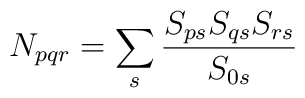
N_{pqr}=\sum _{s}\frac{S_{ps}S_{qs}S_{rs}}{S_{0s}}